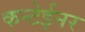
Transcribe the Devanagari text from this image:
कन्टेईनर